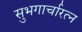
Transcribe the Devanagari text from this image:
सुभगार्चारत्न